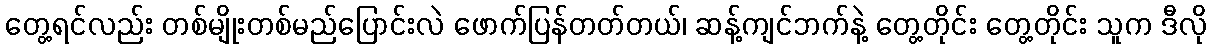
တွေ့ရင်လည်း တစ်မျိုးတစ်မည်ပြောင်းလဲ ဖောက်ပြန်တတ်တယ်၊ ဆန့်ကျင်ဘက်နဲ့ တွေ့တိုင်း တွေ့တိုင်း သူက ဒီလို